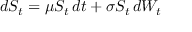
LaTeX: d S _ { t } = \mu S _ { t } \, d t + \sigma S _ { t } \, d W _ { t }